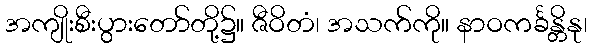
အကျိုးစီးပွားတော်တို့၌။ ဇီဝိတံ၊ အသက်ကို။ နာဝကင်္ခန္တိနု၊